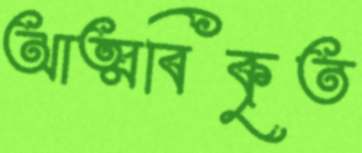
আত্মবিকৃত